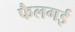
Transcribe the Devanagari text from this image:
फैलगई